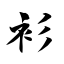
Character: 衫